Serum-therapy of plague in India - Number 20
Disease focus: Plague
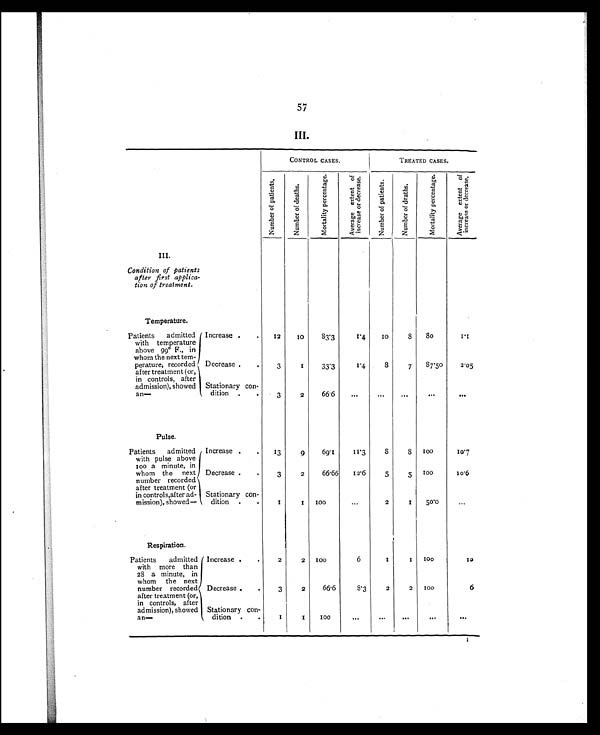
57
CONTROL CASES.
TREATED CASES.
N u m b e r o f p a t i e n t s .
N u m b e r o f d e a t h s .
M o r t a l i t y p e r c e n t a g e .
A v e r a g e e x t e n t o f i n c r e a s e o r d e c r e a s e .
N u m b e r o f p a t i e n t s .
N u m b e r o f d e a t h s .
M o r t a l i t y p e r c e n t a g e .
A v e r a g e e x t e n t o f i n c r e a s e o r d e c r e a s e .
III.
Condition of patients
after first applica-
tion of treatment.
Temperature.
Patients admitted
with temperature
above 99° F., in
whom the next tem-
perature, recorded
after treatment (or,
in controls, after
admission), showed
an—
Increase .
.
12
10
83.3
1.4
1 0 8
8 0
1 . 1
Decrease .
.
3
1
33.3
1.4
8
7
87.50
2.05
Stationary Con-
dition .
.
3
2
66.6
...
...
...
...
. . .
Pulse.
Patients admitted
with pulse above
100 a minute, in
whom the next
number recorded
after treatment (or
in controls,after ad-
mission), showed—
Increase
.
1 3
9
69.1
1 1 . 3
8
8
1 0 0
10.7
Decrease
.
3
2
66.66
12.6
5
5
1 0 0
1 0 . 6
Stationary con-
dition
. .
1
1 100
...
2
1
50.0
. . .
Respiration.
Patients admitted
with more than
28 a minute, in
whom the next
number recorded
after treatment (or,
in controls, after
admission), showed
an—
Increase .
.
2
2
1 0 0
6
1
1
1 0 0
1 0
Decrease .
.
3
2
66.6
8.3
2
2
100
6
Stationary Con-
dition
.
.
1
1
100
...
. . .
. . .
. . .
. . .